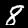
Label: 8